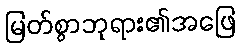
မြတ်စွာဘုရား၏အဖြေ